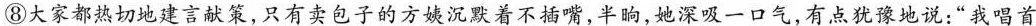
⑧大家都热切地建言献策，只有卖包子的方姨沉默着不插嘴，半晌，她深吸一口气，有点犹豫地说：”我唱首